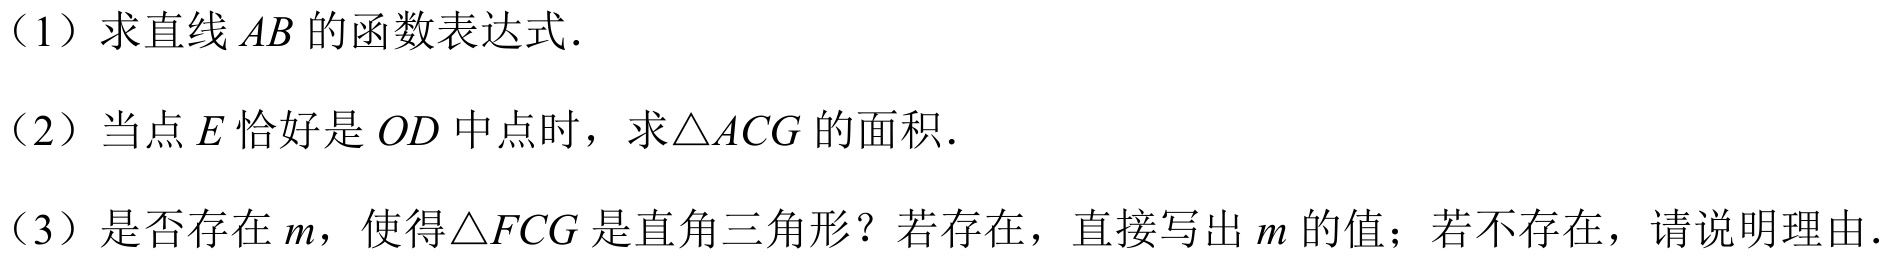
（1）求直线\(AB\)的函数表达式.
（2）当点\(E\)恰好是\(OD\)中点时，求\(\triangle ACG\)的面积.
（3）是否存在\(m\)，使得\(\triangle FCG\)是直角三角形？若存在，直接写出\(m\)的值；若不存在，请说明理由.